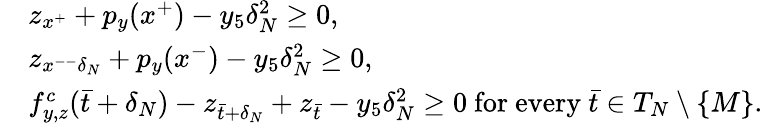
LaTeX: \begin{array}{rl}&{z_{x^{+}}+p_{y}(x^{+})-y_{5}\delta_{N}^{2}\geq 0,}\\ &{z_{x^{--}\delta_{N}}+p_{y}(x^{-})-y_{5}\delta_{N}^{2}\geq 0,}\\ &{f_{y,z}^{c}(\bar{t}+\delta_{N})-z_{\bar{t}+\delta_{N}}+z_{\bar{t}}-y_{5}\delta_{N}^{2}\geq 0\mathrm{~for~every~}\bar{t}\in T_{N}\setminus\{ M\} .}\end{array}